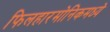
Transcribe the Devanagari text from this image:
फिलहारमोनिकमध्ये